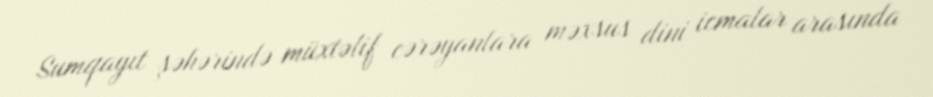
Sumqayıt şəhərində müxtəlif cərəyanlara məxsus dini icmalar arasında